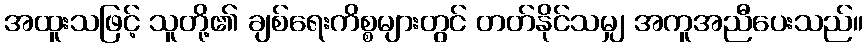
အထူးသဖြင့် သူတို့၏ ချစ်ရေးကိစ္စများတွင် တတ်နိုင်သမျှ အကူအညီပေးသည်။